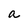
Character: a